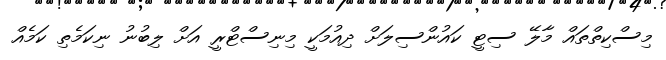
މިސްކިތްތައް މާލޭ ސިޓީ ކައުންސިލަށް ދިއުމަކީ މިނިސްޓްރީ އަށް ލިބުނު ނިކަމެތި ކަމެއް